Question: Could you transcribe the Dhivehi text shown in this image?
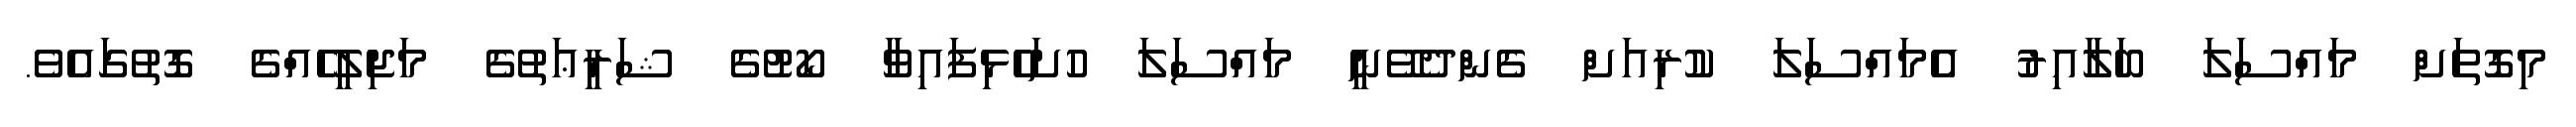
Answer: މިގޮތަށް މައްސަލަ ބަލާއިރު އެމައްސަލަ ކުރިއަށް ގެންދެވޭނީ މައްސަލަ ހުށަހެޅިފައިވާ ކޯޓުގެ ޝަރީޢަތުގެ މަޖިލީހެއްގެ ގޮތުގައެވެ.